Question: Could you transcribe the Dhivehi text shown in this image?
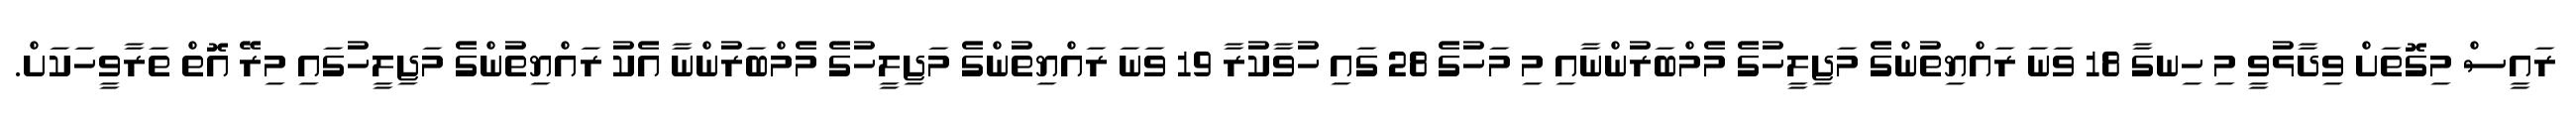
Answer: ރައީސް މިގޮތަށް ވިދާޅުވީ މި ހިނގާ 18 ވަނަ ރައްޔިތުންގެ މަޖިލީހުގެ މެމްބަރުންނާއި މި މަހުގެ 28 ގައި ހުވާކުރާ 19 ވަނަ ރައްޔިތުންގެ މަޖިލީހުގެ މެމްބަރުންނާ އެކު ރައްޔިތުންގެ މަޖިލީހުގައި މިރޭ އޮތް ތަރާވީހަކަށް.